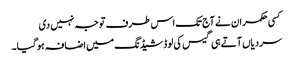
کسی حکمران نے آج تک اس طرف توجہ نہیں دی
سردیاں آتے ہی گیس کی لوڈشیڈنگ میں اضافہ ہو گیا۔